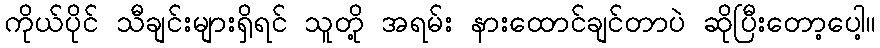
ကိုယ်ပိုင် သီချင်းများရှိရင် သူတို့ အရမ်း နားထောင်ချင်တာပဲ ဆိုပြီးတော့ပေါ့။